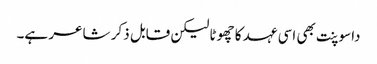
داسوپنت بھی اسی عہد کا چھوٹا لیکن قابل ذکر شاعر ہے۔